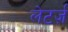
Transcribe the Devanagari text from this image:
लेटर्ज़